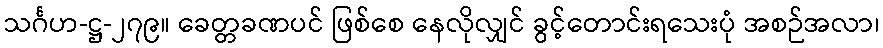
သင်္ဂဟ-ဋ္ဌ-၂၇၉။ ခေတ္တခဏပင် ဖြစ်စေ နေလိုလျှင် ခွင့်တောင်းရသေးပုံ အစဉ်အလာ၊